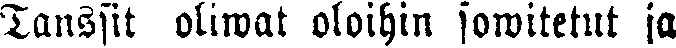
Tanssit oliwat oloihin sowitetut ja